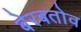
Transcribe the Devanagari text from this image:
बेरबतोव